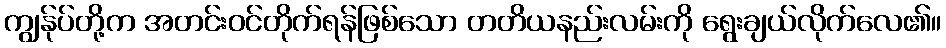
ကျွန်ုပ်တို့က အတင်းဝင်တိုက်ရန်ဖြစ်သော တတိယနည်းလမ်းကို ရွေးချယ်လိုက်လေ၏။